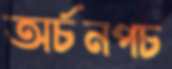
অর্চনপচ